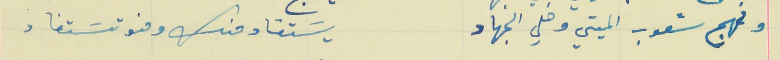
ونهج شعوب الميتي وخلي الجهاد                                يسَتفاد منك ومنو تسَتفاد